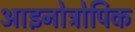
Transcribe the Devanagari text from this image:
आइनोट्रोपिक